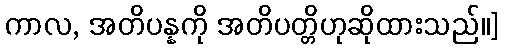
ကာလ, အတိပန္နကို အတိပတ္တိဟုဆိုထားသည်၊၊]